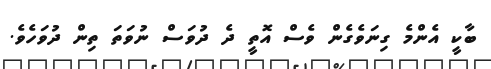
ބާކީ އެންމެ ގިނަވެގެން ވެސް އޮތީ ދެ ދުވަސް ނުވަތަ ތިން ދުވަހެވެ.